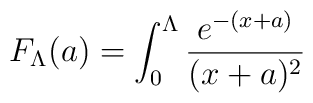
F_\Lambda (a)=\int_0^\Lambda \frac{e^{-(x+a)}}{(x+a)^2}